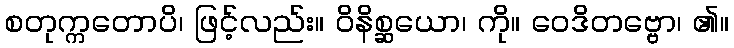
စတုက္ကတောပိ၊ ဖြင့်လည်း။ ဝိနိစ္ဆယော၊ ကို။ ဝေဒိတဗ္ဗော၊ ၏။